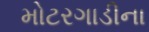
મોટરગાડીના